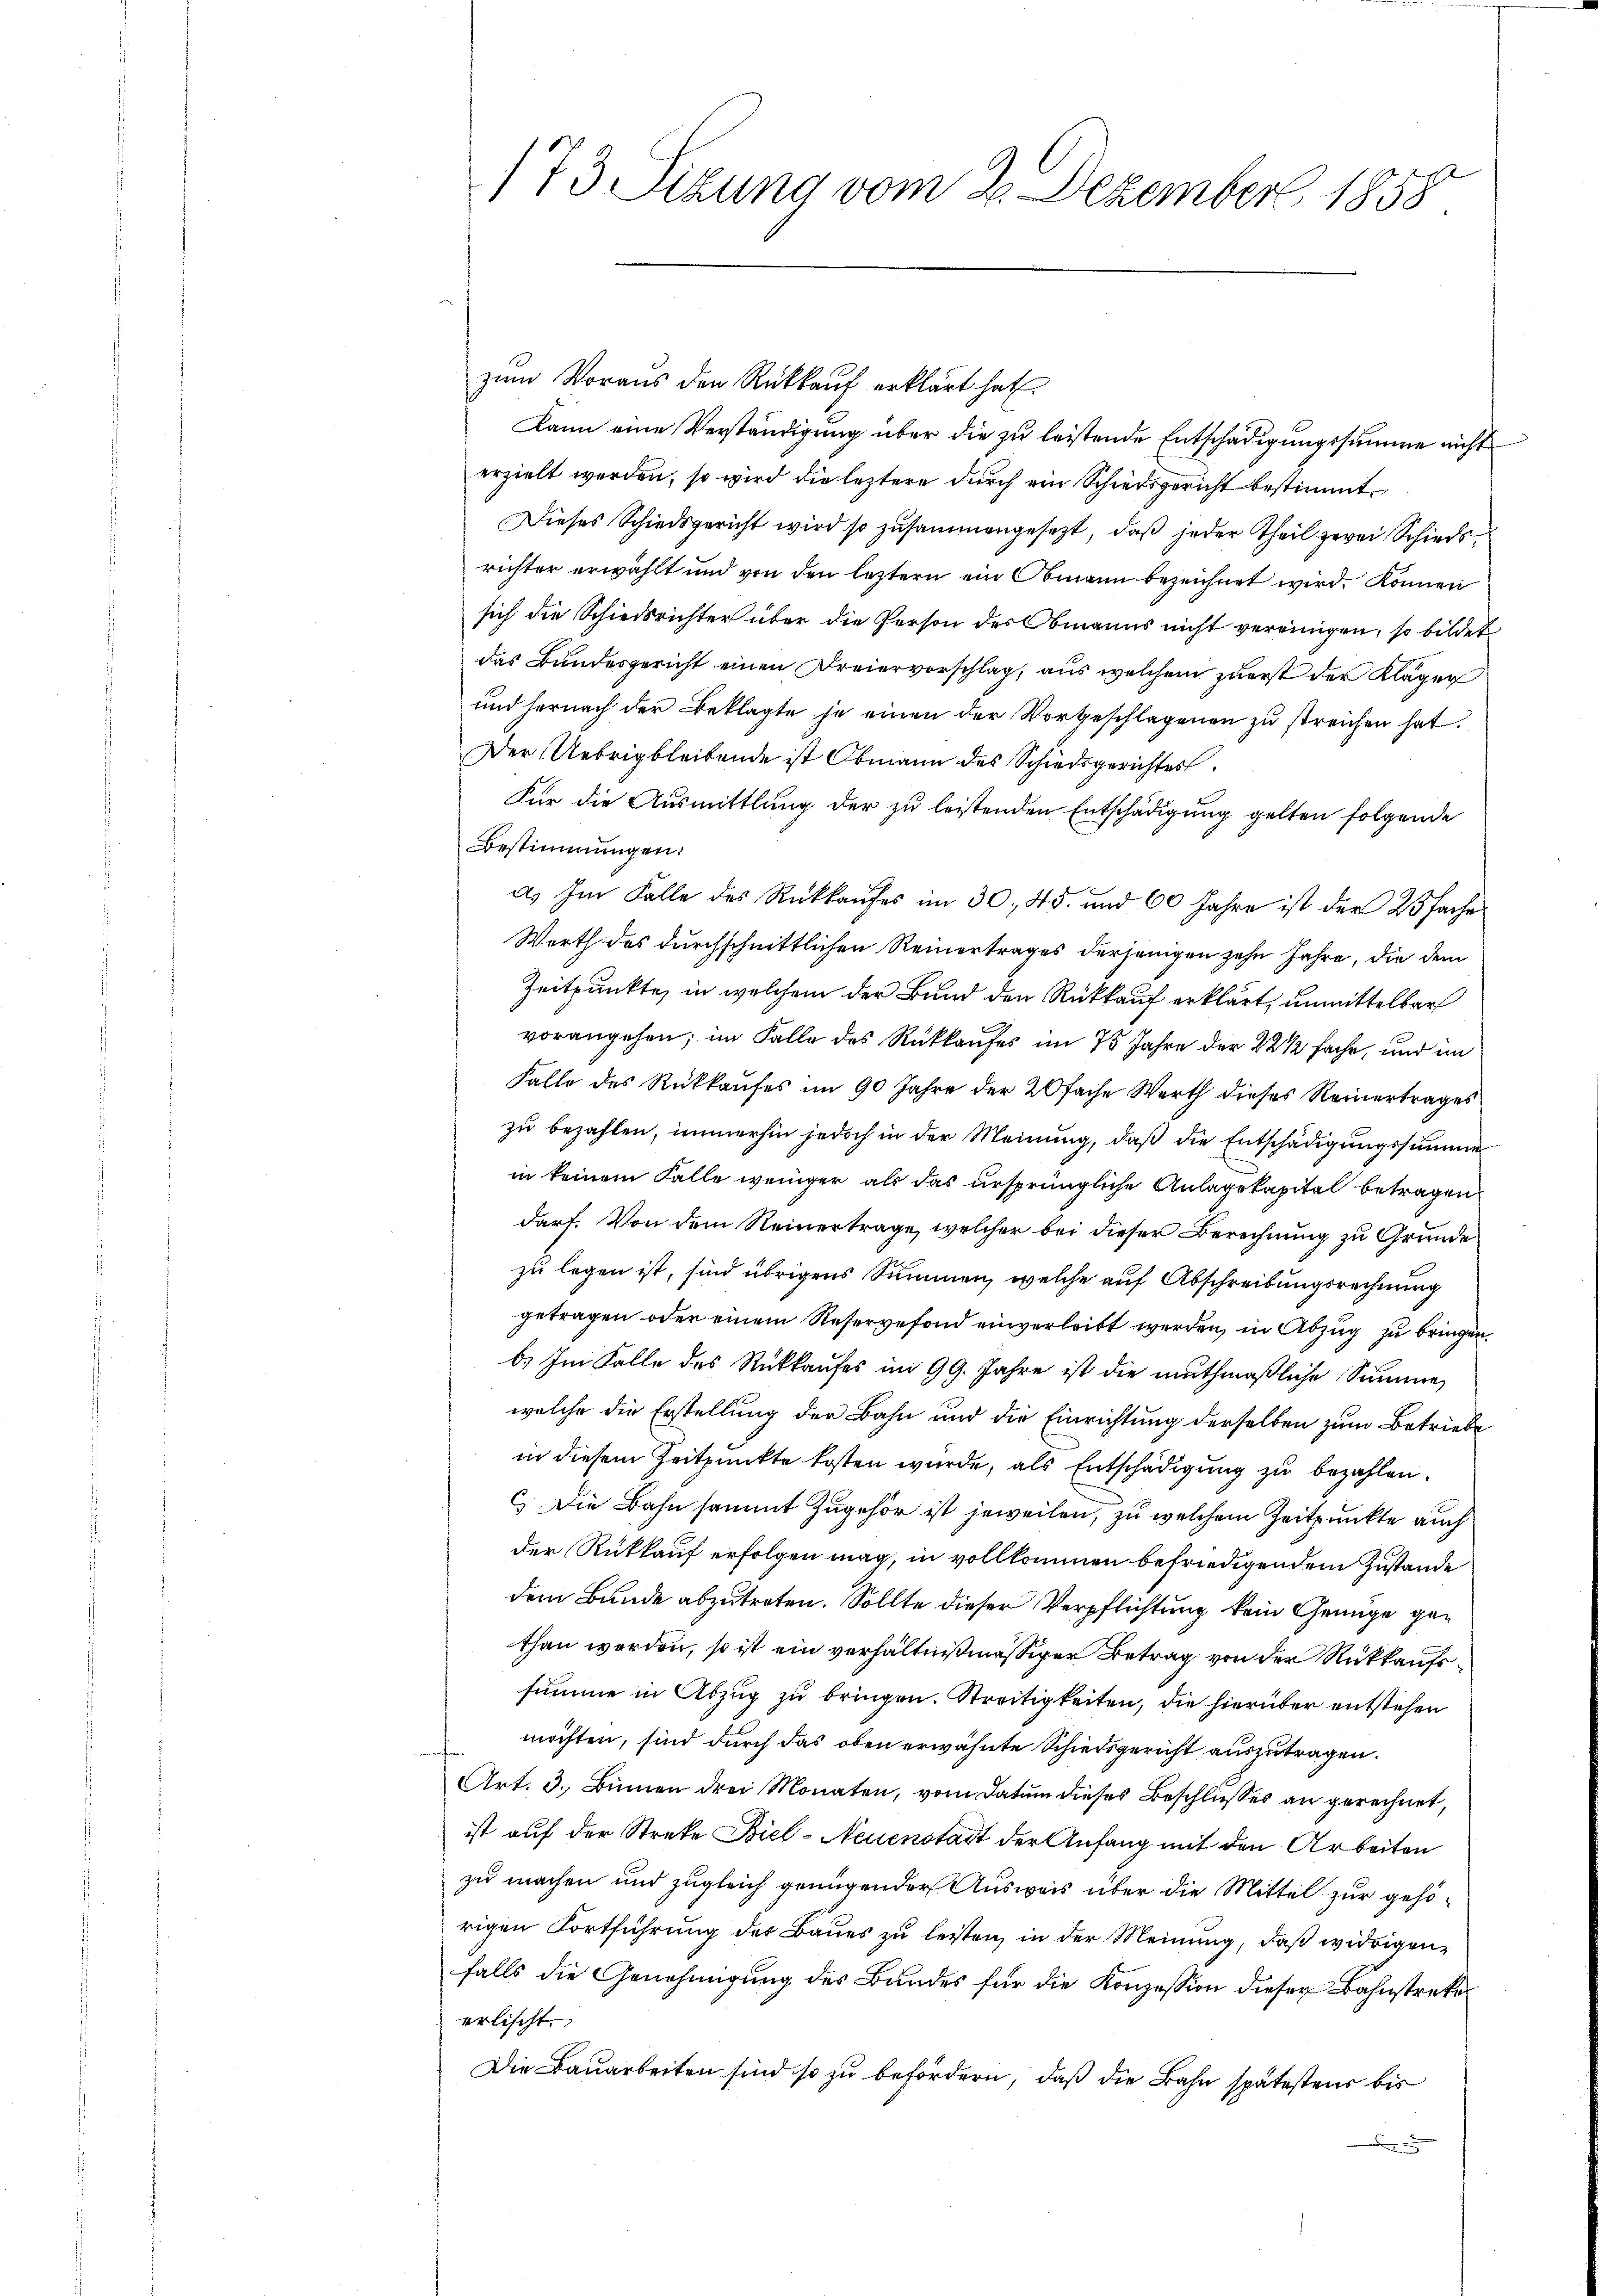
173 Sizung vom 2. Dezember 1858

zum Voraus den Rückkauf erklärt hat.
Kann eine Verständigung über die zu leistende Entschädigungssumme nicht
erzielt werden, so wird die letztere durch ein Schiedsgericht bestimmt.
Dieses Schiedsgericht wird so zusammengesetzt, daß jeder Theil zwei Schiedsrichter erwählt und von den leztern ein Obmann bezeichnet wird. Können
sich die Schiedsrichter über die Person des Obmanns nicht vereinigen, so bildet
das Bundesgericht einen Dreiervorschlag, aus welchem zuerst der Kläger
und hernach der Beklagte je einen der Vorgeschlagenen zu streichen hat.
Der Uebrig bleibende ist Obmann des Schiedsgerichtes
Für die Ausmittlung der zu leistenden Entschädigung gelten folgende
Bestimmungen:
a. Im Falle des Rückkaufes im 30. 45. und 60 Jahre ist der 25 fache
Werth des durchschnittlichen Reinertrages derjenigen zehn Jahre, die dem
Zeitpunkte, in welchem der Bund den Rückkauf erklärt, unmittelbar
vorangehen; im Falle des Rückkaufes im 75 Jahre der 22 1/2 fache, und im
Falle des Rückkaufes im 90 Jahre der 20fache Werth dieses Reinertrages
zu bezahlen, immerhin jedoch in der Meinung, daß die Entschädigungssumme
in keinem Falle weniger als das ursprüngliche Anlagekapital betragen
darf. Von dem Reinertrage, welcher bei dieser Berechnung zu Grunde
zu legen ist, sind übrigens Summen, welche auf Abschreibungsrechnung
getragen oder einem Reservefond einverleibt werden, in Abzug zu bringen.
b. Im Falle des Rückkaufes im 99. Jahre ist die muthmaßliche Summen,
welche die Erstellung der Bahn und die Einrichtung derselben zum Betriebe
in diesem Zeitpunkte kosten wurde, als Entschädigung zu bezahlen.
C.) Die Bahn sammt zugehör ist jeweilen, zu welchem Zeitpunkte auch
der Rückkauf erfolgen mag, in vollkommen befriedigendem Zustande
dem Bunde abzutreten. Sollte dieser Verpflichtung kein Genüge gethan werden, so ist ein verhältnißmässiger Betrag von der Rückkaufssumme in Abzug zu bringen. Streitigkeiten, die hierüber entstehen
möchten, sind durch das oben erwähnte Schiedsgericht auszutragen.
Art. 3. Binnen drei Monaten, vom Datum dieses Beschlusses an gerechnet,
ist auf der Streke Biel-Neuenstatt der Anfang mit den Arbeiten
zu machen und zugleich genügender Ausweis über die Mittel zur gehörigen Fortführung des Baues zu leisten, in der Meinung, daß widrigenfalls die Genehmigung des Bandes für die Konzession dieser Bahnstreke
erlischt.
Die Bauarbeiten sind so zu befördern, daß die Bahn spätestens bis
m